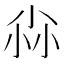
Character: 尛